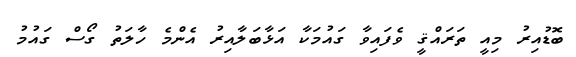
ބޮޑުއިރު މިއީ ތަރައްޤީ ވެފައިވާ ގައުމަކާ އަޅާބަލާއިރު އެންމެ ހާލަތު ގޯސް ގައުމު